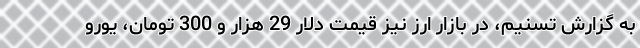
به گزارش تسنیم،‌ در بازار ارز نیز قیمت دلار 29 هزار و 300 تومان، یورو